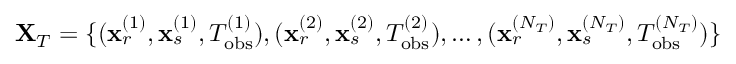
{ \bf X } _ { T } = \{ ( { \bf x } _ { r } ^ { ( 1 ) } , { \bf x } _ { s } ^ { ( 1 ) } , T _ { \mathrm { o b s } } ^ { ( 1 ) } ) , ( { \bf x } _ { r } ^ { ( 2 ) } , { \bf x } _ { s } ^ { ( 2 ) } , T _ { \mathrm { o b s } } ^ { ( 2 ) } ) , \dots , ( { \bf x } _ { r } ^ { ( N _ { T } ) } , { \bf x } _ { s } ^ { ( N _ { T } ) } , T _ { \mathrm { o b s } } ^ { ( N _ { T } ) } ) \}